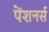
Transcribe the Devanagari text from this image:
पेंशनर्स